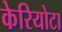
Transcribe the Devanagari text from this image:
केरियोटा